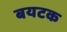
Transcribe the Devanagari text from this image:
बयटक